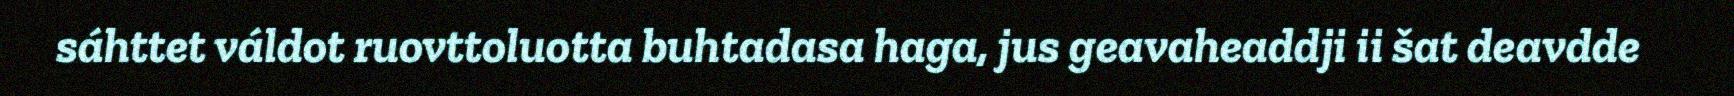
sáhttet váldot ruovttoluotta buhtadasa haga, jus geavaheaddji ii šat deavdde